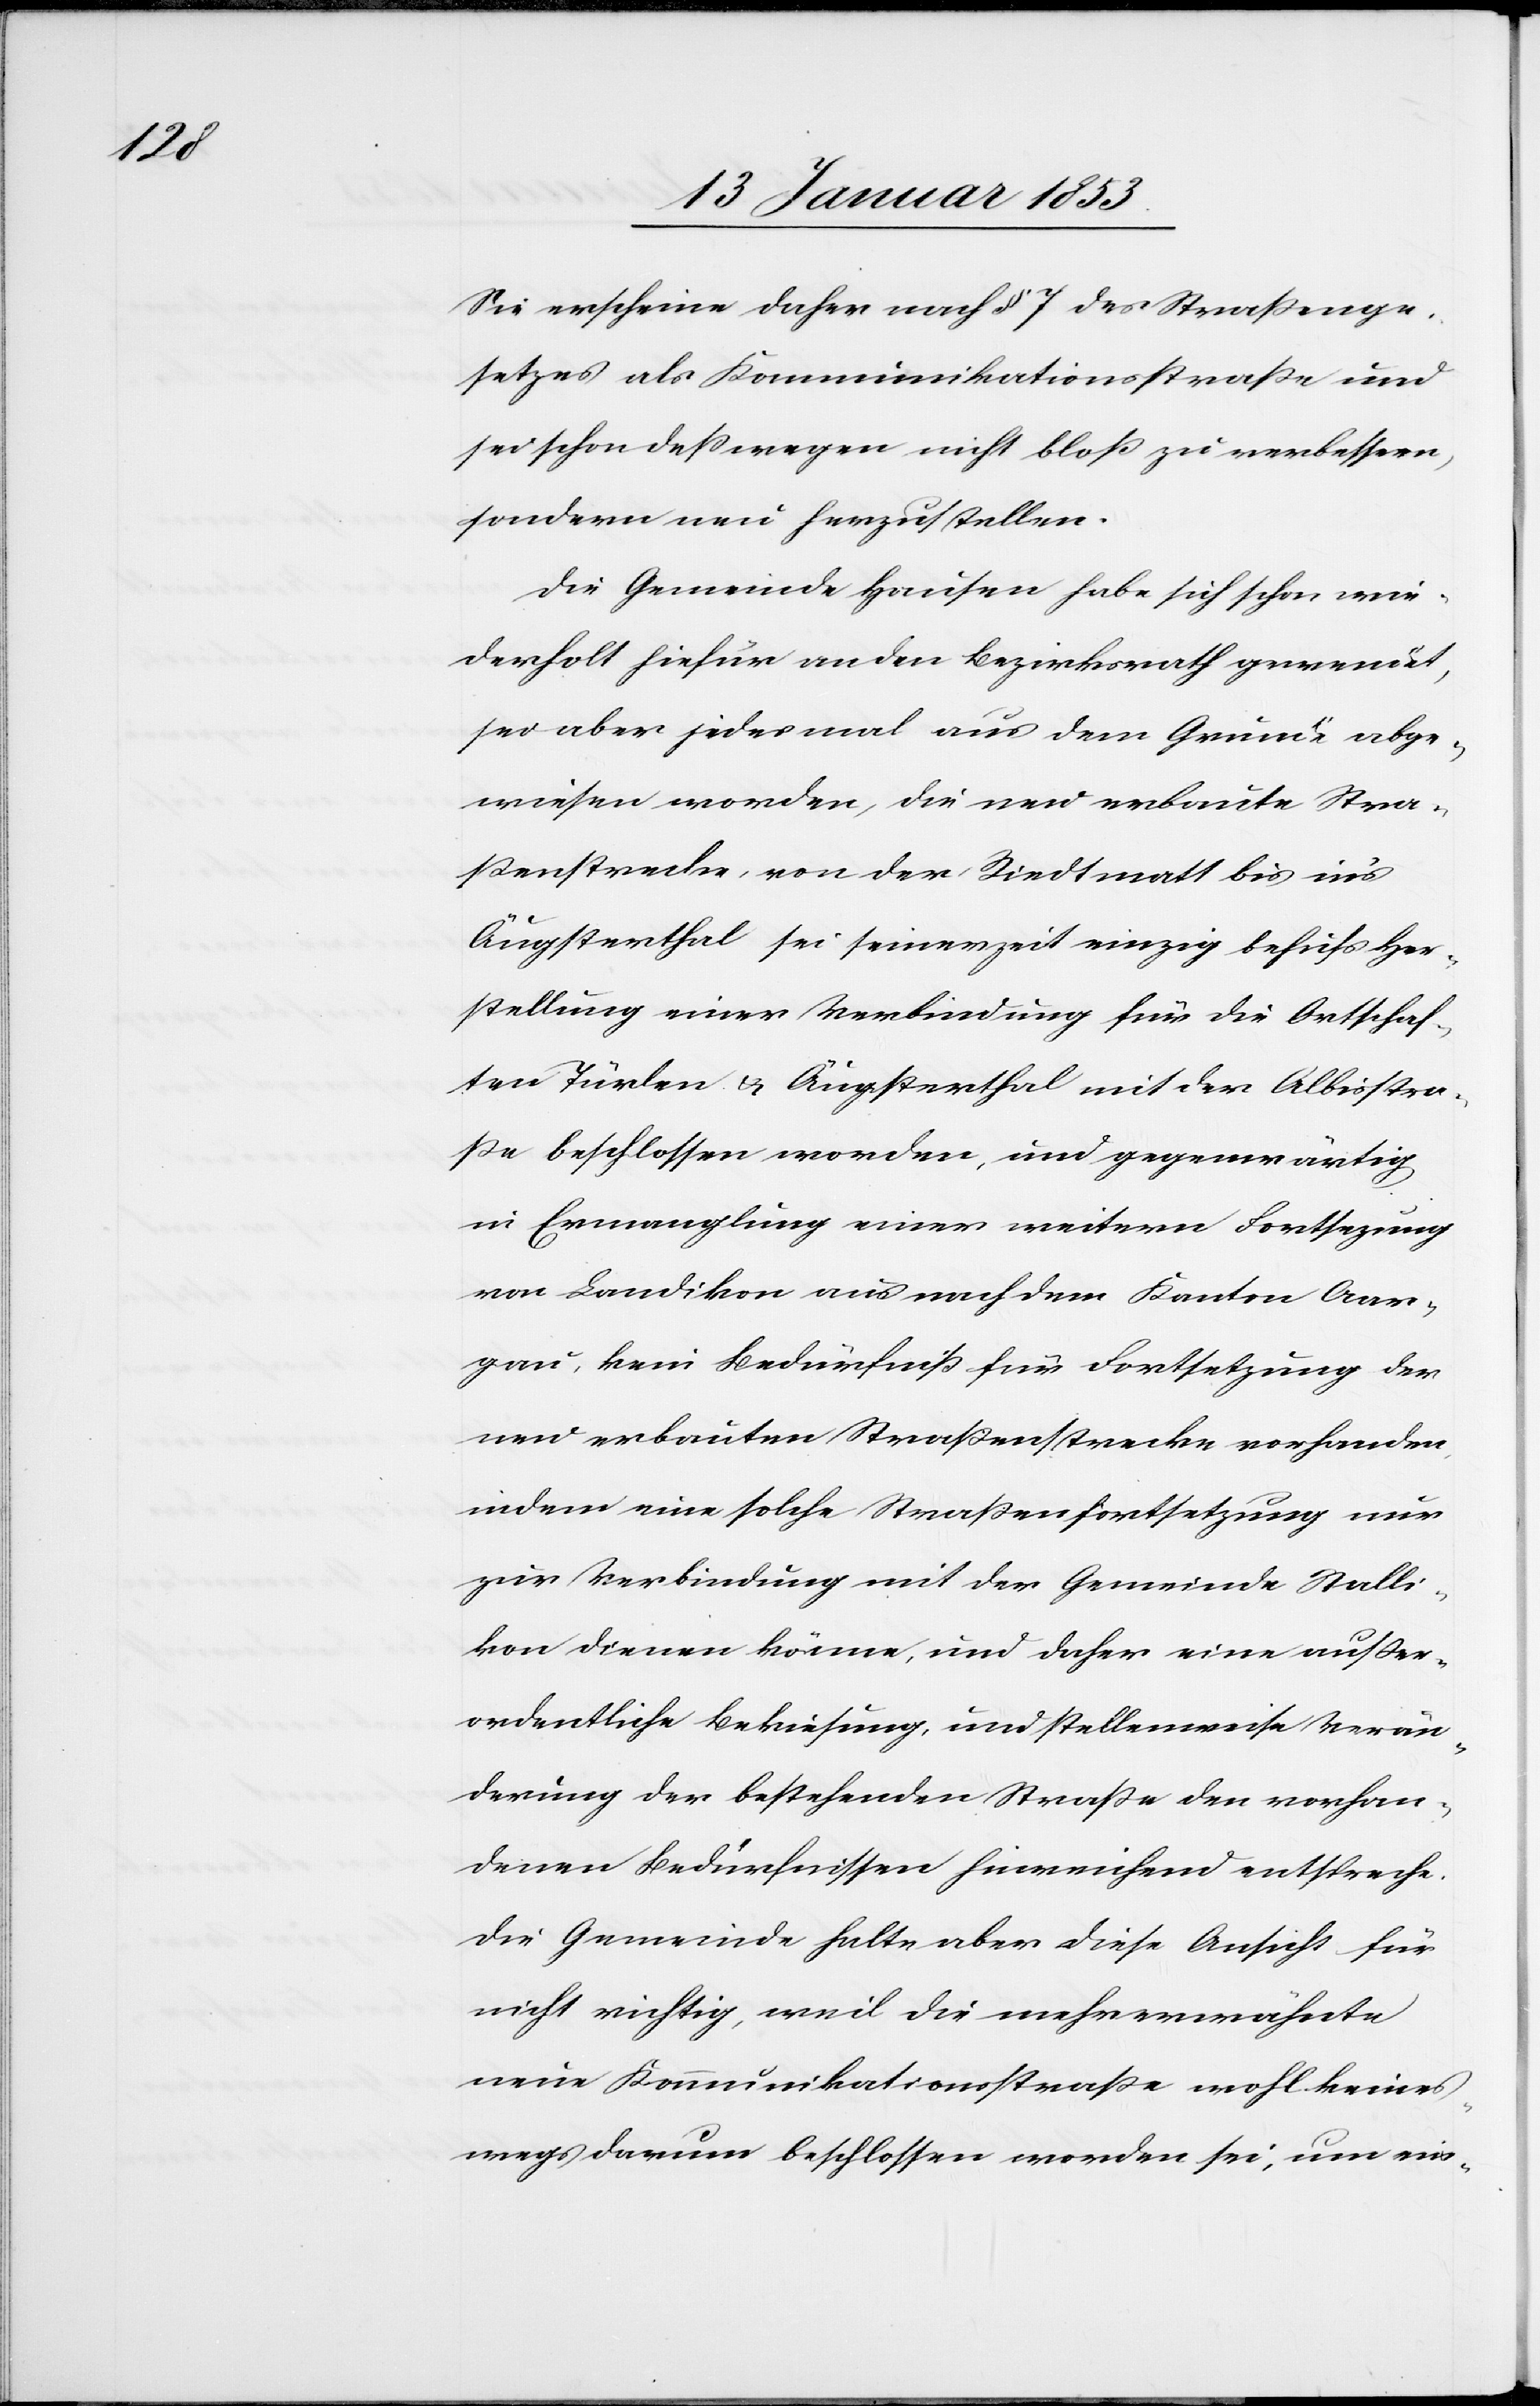
Sie erscheine daher nach § 7 des Strassenge¬
setzes als Kommunikationsstrasse und
sei schon deßwegen nicht bloß zu verbeßern,
sondern neu herzustellen.
Die Gemeinde Hausen habe sich schon wie¬
derholt hiefür an den Bezirksrath gewendet,
sei aber jedesmal aus dem Grunde abge¬
wiesen worden, die neu erbaute Stra¬
ssenstrecke, von der Riedtmatt bis in’s
Äugsterthal sei seinerzeit einzig behufs Her¬
stellung einer Verbindung für die Ortschaf¬
ten Türlen u. Äugsterthal mit der Albisstra¬
sse beschlossen worden und gegenwärtig
in Ermanglung einer weitern Fortsetzung
von Landikon aus nach dem Kanton Aar¬
gau, kein Bedürfniß für Fortsetzung der
neu erbauten Strassenstrecke vorhanden,
indem eine solche Strassenfortsetzung neu
zur Verbindung mit der Gemeinde Stalli¬
kon dienen könne, und daher eine ausser¬
ordentliche Bekiesung, und stellenweise Verän¬
derung der bestehenden Strasse den vorhan¬
denen Bedürfnissen hinreichend entspreche.
Die Gemeinde halte aber diese Ansicht für
nicht richtig, weil die mehrerwähnte
neue Kommunikationsstraße wohl keines¬
wegs darum beschlossen worden sei, um ein-